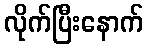
လိုက်ပြီးနောက်